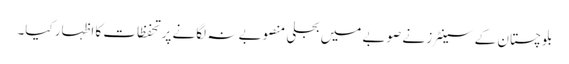
بلوچستان کے سینٹرز نے صوبے میں بجلی منصوبے نہ لگانے پر تحفظات کا اظہار کیا۔